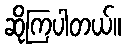
ဆိုကြပါတယ်။